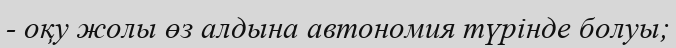
- оқу жолы өз алдына автономия түрінде болуы;